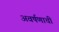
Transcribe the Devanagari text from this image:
अवर्षणाची